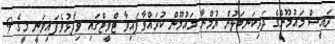
ރައީސް މައުމޫންގެ ދަރިކަނބަލުން ޔުމްނާ މައުމޫން ކުރައްވާފައިވާ ޓްވީޓްގައި ވިދާޅުވެފައިވަނީ މީގެ 9